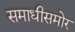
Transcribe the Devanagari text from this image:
समाधीसमोर